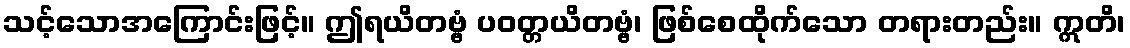
သင့်သောအကြောင်းဖြင့်။ ဤရယိတဗ္ဗံ ပဝတ္တယိတဗ္ဗံ၊ ဖြစ်စေထိုက်သော တရားတည်း။ ဣတိ၊